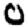
Digit: 0